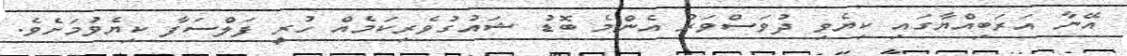
އޭނާ އަރަބިއްޔާގައި ކިޔެވި ދުވަސްވަރު އެންމެ ބޮޑު ޝައުގުވެރިކަމެއް ހުރީ ފަލްސަފާ ކިޔެވުމަށެވެ.